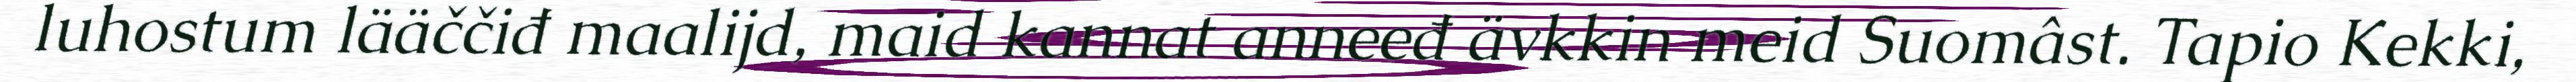
luhostum lääččiđ maalijd, maid kannat anneeđ ävkkin meid Suomâst. Tapio Kekki,